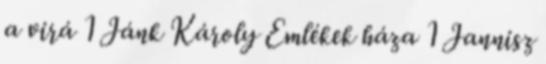
a virá 1 Jánk Károly Emlékek háza 1 Jannisz